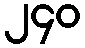
၂၄၀